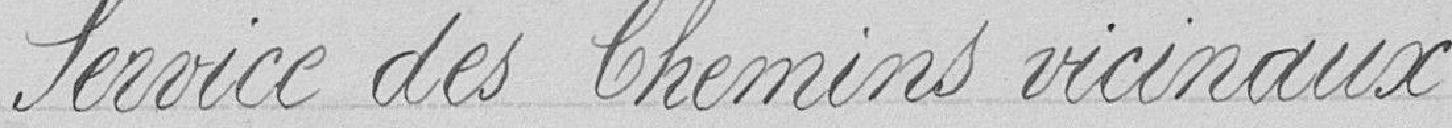
Service des chemins vicinaux